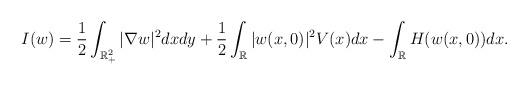
LaTeX: \begin{align*}I(w)=\frac{1}{2}\int_{\mathbb {R}^2_+}|\nabla w|^2dxdy+\frac{1}{2}\int_{\mathbb {R}}|w(x,0)|^2 V(x) dx-\int_{\mathbb {R}} H(w(x,0))dx.\end{align*}